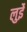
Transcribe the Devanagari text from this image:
लुईे